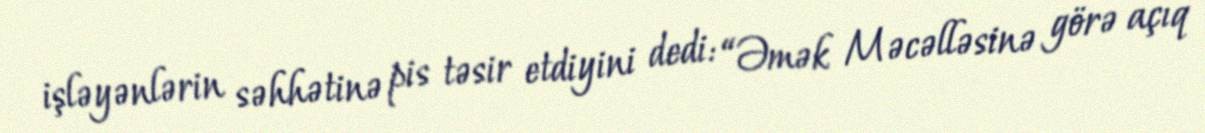
işləyənlərin səhhətinə pis təsir etdiyini dedi: “Əmək Məcəlləsinə görə açıq